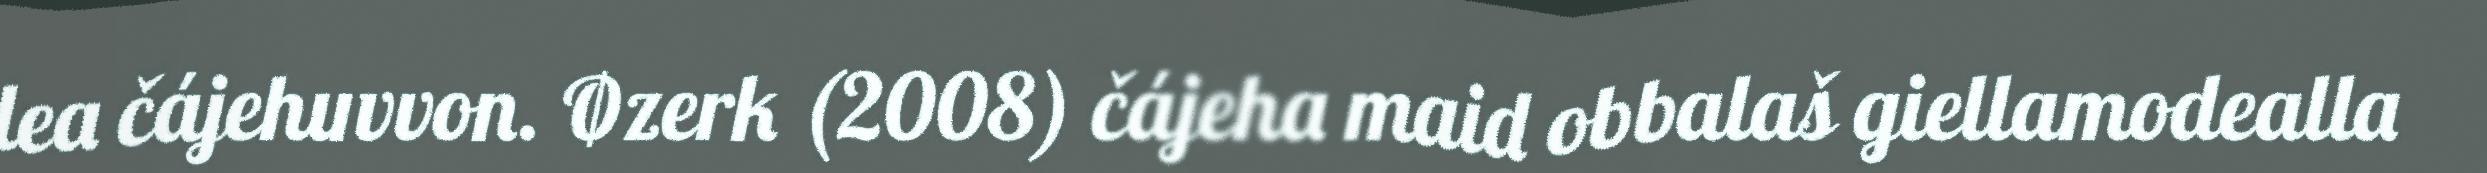
lea čájehuvvon. Øzerk (2008) čájeha maid obbalaš giellamodealla